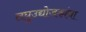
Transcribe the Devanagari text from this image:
लघुउद्योजकांना